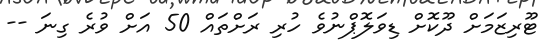
ޓޫރިޒަމަށް ދޫކޮށް ޑިވަލޮޕްނުވެ ހުރި ރަށްތައް 50 އަށް ވުރެ ގިނަ --